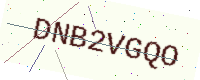
Text: DNB2VGQO